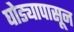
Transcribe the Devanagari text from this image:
घोड्यापासून